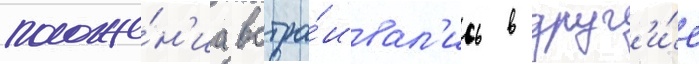
положе́н'иа встра́ивал'ись в друг'и́е